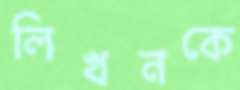
লিখনকে